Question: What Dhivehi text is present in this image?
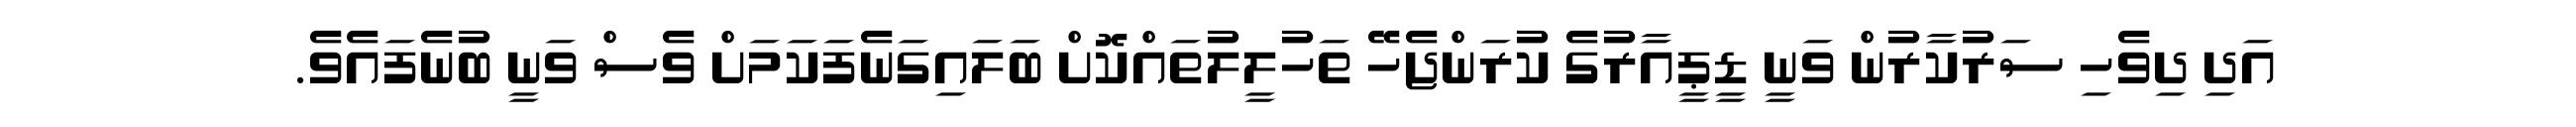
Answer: އަދި ދިވެހި ސަރުކާރުން ވަނީ ޑީޕީއާރުގެ ކުރަންޖެހޭ ތަހުލީލުތައްކޮށް ބަލައިގަނެފަކަމަށް ވެސް ވަނީ ބުނެފައެވެ.